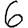
Digit: 6